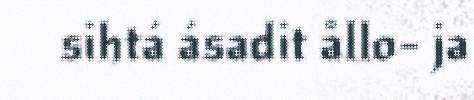
sihtá ásadit ållo- ja